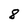
Character: 8